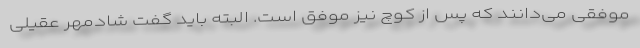
موفقی می‌دانند که پس از کوچ نیز موفق است. البته باید گفت شادمهر عقیلی